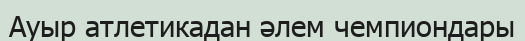
Ауыр атлетикадан әлем чемпиондары